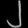
Digit: ၂